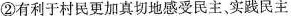
②有利于村民更加真切地感受民主、实践民主